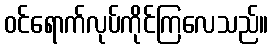
ဝင်ရောက်လုပ်ကိုင်ကြလေသည်။